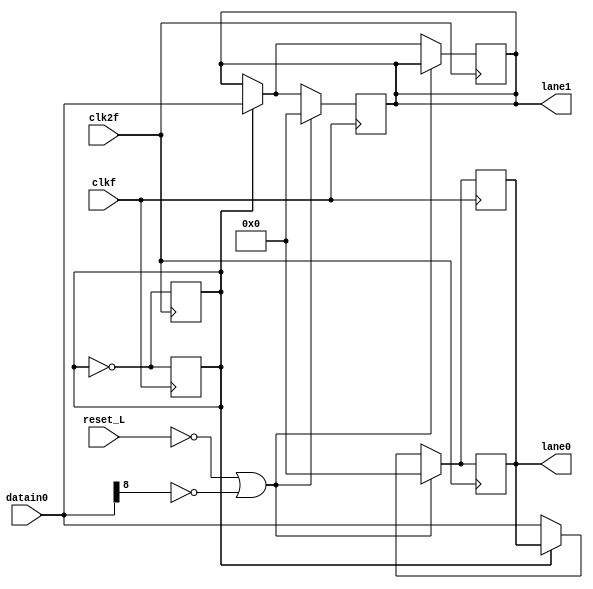
//IE-0523 Circuitos Digitales II
//Proyecto1. Bloque Byte Striping.
//Elaborado por: Csar Valverde Zuiga	A86605		
//I Ciclo 2019

// Este mdulo genera las salidas lane0 y lane1, recibiendo como entrada datain0 a una frecuenia de 2f.

//`timescale 1ns/100ps

module ByteStriping(		input clk2f,
				input clkf,
				input reset_L,
				input [8:0] datain0,
				output reg [8:0] lane0,
				output reg [8:0] lane1
);

        //Registros Internos
	reg selectorL1=1;

	always @(posedge clkf) begin
		selectorL1 <= ~selectorL1;
		if((!reset_L)||(datain0[8] == 0))begin
		lane0 <= 0;
		lane1 <= 0;
		end
		else begin
			if(~selectorL1)begin
			lane0 <= datain0;
			end
			else begin
			lane1 <= datain0;
			end
		end
	end

	always @(posedge clk2f) begin
		selectorL1 <= ~selectorL1;
		if((!reset_L)||(datain0[8] == 0))begin
		lane0 <= 0;
		end
		else begin 
			if(~selectorL1)begin
			lane0 <= datain0;
			end
			else begin
			lane1 <= datain0;
			end
		end
	end

endmodule